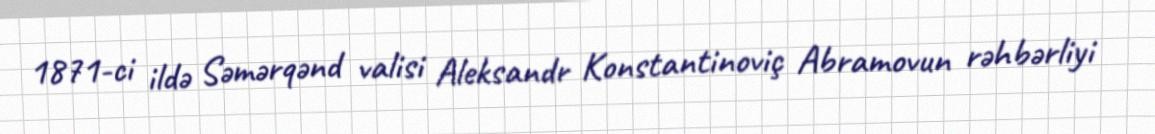
1871-ci ildə Səmərqənd valisi Aleksandr Konstantinoviç Abramovun rəhbərliyi